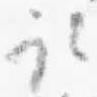
取